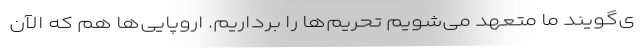
ی‌گویند ما متعهد می‌شویم تحریم‌ها را برداریم. اروپایی‌ها هم که الآن